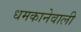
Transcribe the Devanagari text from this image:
धमकानेवाली